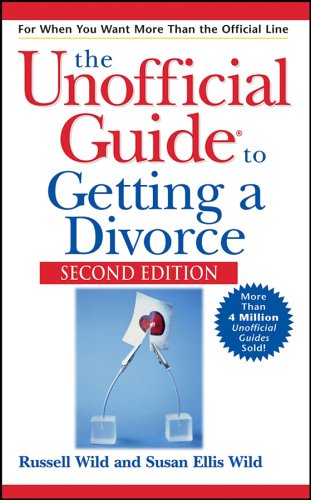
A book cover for Unofficial Guide to Getting a Divorce; Russell Wild; Law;